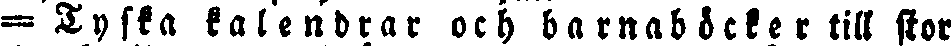
— Tyska kalendrar och barnaböcker till stor